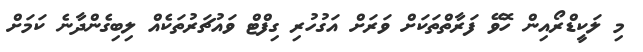
މި ލަކީޑްރޯއިން ހޮވޭ ފަރާތްތަކަށް ވަރަށް އަގުހުރި ގިފްޓް ވައުޗަރުތަކެއް ލިބިގެންދާނެ ކަމަށް